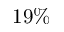
1 9 \%